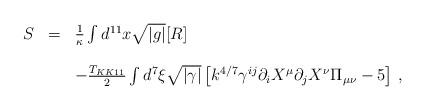
LaTeX: \begin{align*}\begin{array}{rcl}S & = & {1\over \kappa} \int d^{11}x\sqrt{|g|}[R] \\& & \\& & -{T_{KK11}\over 2}\int d^{7}\xi \sqrt{|\gamma|} \left[k^{4/7} \gamma^{ij}\partial_{i}X^{\mu} \partial_{j}X^{\nu}\Pi_{\mu\nu}-5\right]\, , \\\end{array}\end{align*}